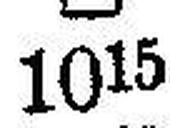
1015